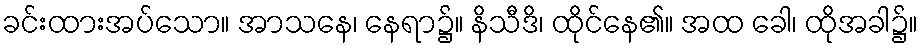
ခင်းထားအပ်သော။ အာသနေ၊ နေရာ၌။ နိသီဒိ၊ ထိုင်နေ၏။ အထ ခေါ၊ ထိုအခါ၌။